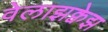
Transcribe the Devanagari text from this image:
वेलाझक्वेझ